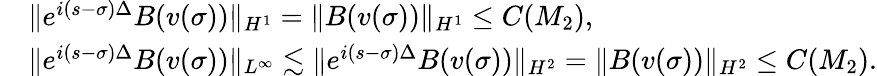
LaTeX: \begin{array}{rl}&{\| e^{i(s-\sigma)\Delta}B(v(\sigma))\| _{H^{1}}=\| B(v(\sigma))\| _{H^{1}}\leq C(M_{2}),}\\ &{\| e^{i(s-\sigma)\Delta}B(v(\sigma))\| _{L^{\infty}}\lesssim\| e^{i(s-\sigma)\Delta}B(v(\sigma))\| _{H^{2}}=\| B(v(\sigma))\| _{H^{2}}\leq C(M_{2}).}\end{array}